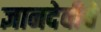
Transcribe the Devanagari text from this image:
ज्ञानदेवीचे